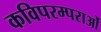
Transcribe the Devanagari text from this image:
कविपरम्पराओं